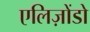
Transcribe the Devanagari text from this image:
एलिज़ोंडो